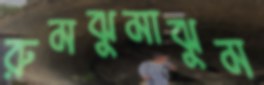
রুমঝুমাঝুম